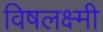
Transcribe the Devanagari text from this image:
विषलक्ष्मी